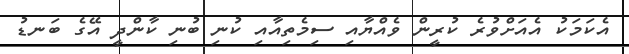
އެކަމަކު އެއަށްވުރެ ކުރީން ވެއްޔާއި ސިމެތިއާއި ކުނި ބުނި ކާންދީ އޭގެ ބަނޑު